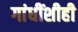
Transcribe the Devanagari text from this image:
गांधींशीही